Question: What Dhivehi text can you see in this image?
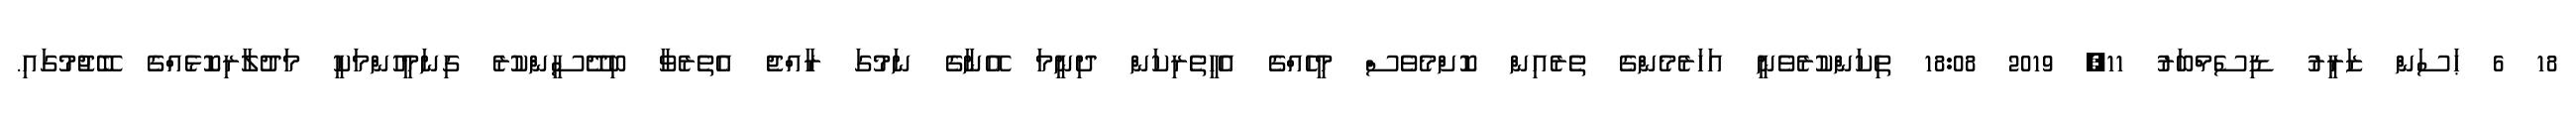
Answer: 18 6 ޙަސަން ޒަރީރު ޑިސެމްބަރު 11, 2019 18:08 ތިކަންކުރެވެނީ އަހަރެމެންގެ ތެރެއިން ކޮށްމެވެސް މީހެއްގެ އެހީތެރިކަން ދިނީމަ އޭނާގެ ނަމުގަ ރާއްޖެ އެތެރެވާ ބިދޭސީންކުރެ ގިނަމީހުންމަކީ މަދުލާރިކޮޅެއްގެ ބޭޖުމުގައި.